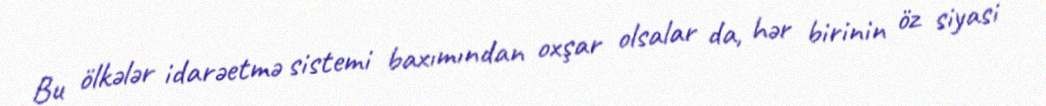
Bu ölkələr idarəetmə sistemi baxımından oxşar olsalar da, hər birinin öz siyasi